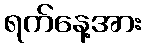
ရက်နေ့အား